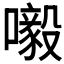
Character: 𡃀